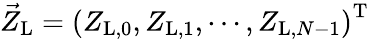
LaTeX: \vec{Z}_{\mathrm{L}}=\left(Z_{\mathrm{L},0},Z_{\mathrm{L},1},\cdots,Z_{\mathrm{L},N-1}\right)^{\mathrm{T}}